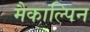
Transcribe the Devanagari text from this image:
मैकाल्पिन